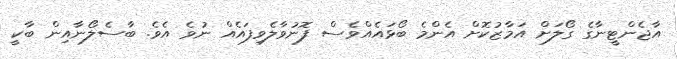
އާޖެންޓީނާގެ ގޯލަށް އަމާޒުކޮށް އެންމެ ބޯޅައެއްވެސް ފޮނުވާލެވިފައެއް ނުވެ އެވެ. ބާސެލޯނާއިން ބާކީ